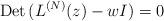
LaTeX: \begin{align*}{\rm Det}\, (L^{(N)}(z)-w I) = 0\end{align*}